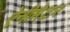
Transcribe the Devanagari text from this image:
ऐनीमेटर